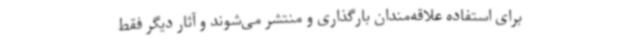
برای استفاده علاقه‌مندان بارگذاری و منتشر می‌شوند و آثار دیگر فقط